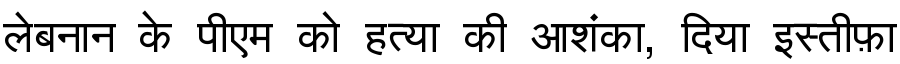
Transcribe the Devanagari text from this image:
लेबनान के पीएम को हत्या की आशंका, दिया इस्तीफ़ा